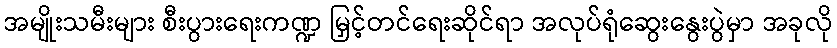
အမျိုးသမီးများ စီးပွားရေးကဏ္ဍ မြှင့်တင်ရေးဆိုင်ရာ အလုပ်ရုံဆွေးနွေးပွဲမှာ အခုလို